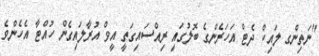
"ނަތިންގ ލައިކް ދެޓް އަހަރެންގެ ބޮލުގައި ރިއްސައިގަތީ އީވް އުރާލައިގެން ހުއްޓާ އެހެންވެ